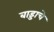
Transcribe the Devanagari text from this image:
बाड्डाचे